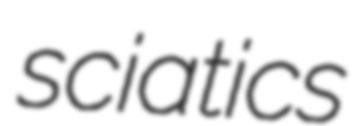
sciatics